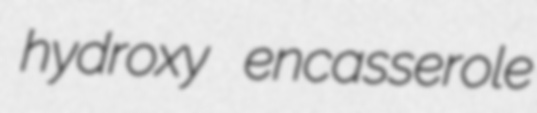
hydroxy encasserole